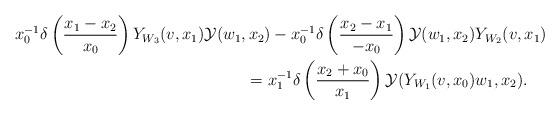
LaTeX: \begin{align*} x^{-1}_0\delta \left( \frac{x_1-x_2}{x_0}\right)Y_{W_{3}}(v,x_1)\mathcal{Y}(w_{1}, & \, x_2) - x^{-1}_0\delta \left( \frac{x_2-x_1}{-x_0}\right)\mathcal{Y}(w_{1},x_2)Y_{W_{2}}(v,x_1)\\& = x^{-1}_1\delta \left( \frac{x_2+x_0}{x_1}\right) \mathcal{Y}(Y_{W_{1}}(v,x_0)w_{1},x_2).\end{align*}